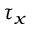
\tau _ { x }